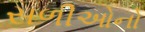
સળીઓનો